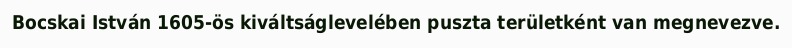
Bocskai István 1605-ös kiváltságlevelében puszta területként van megnevezve.